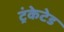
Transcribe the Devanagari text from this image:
ट्रंकेटेड